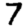
Digit: 7